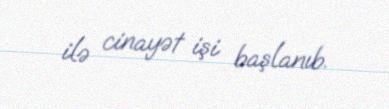
ilə cinayət işi başlanıb.